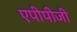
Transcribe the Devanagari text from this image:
एपीपीजी